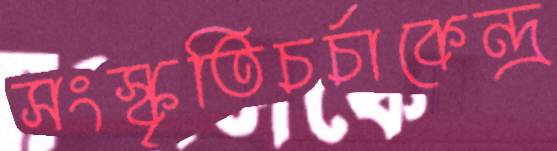
সংস্কৃতিচর্চাকেন্দ্র